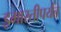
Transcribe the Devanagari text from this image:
इमारतीपर्यंत